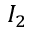
I _ { 2 }